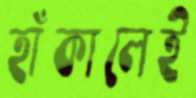
হাঁকালেই